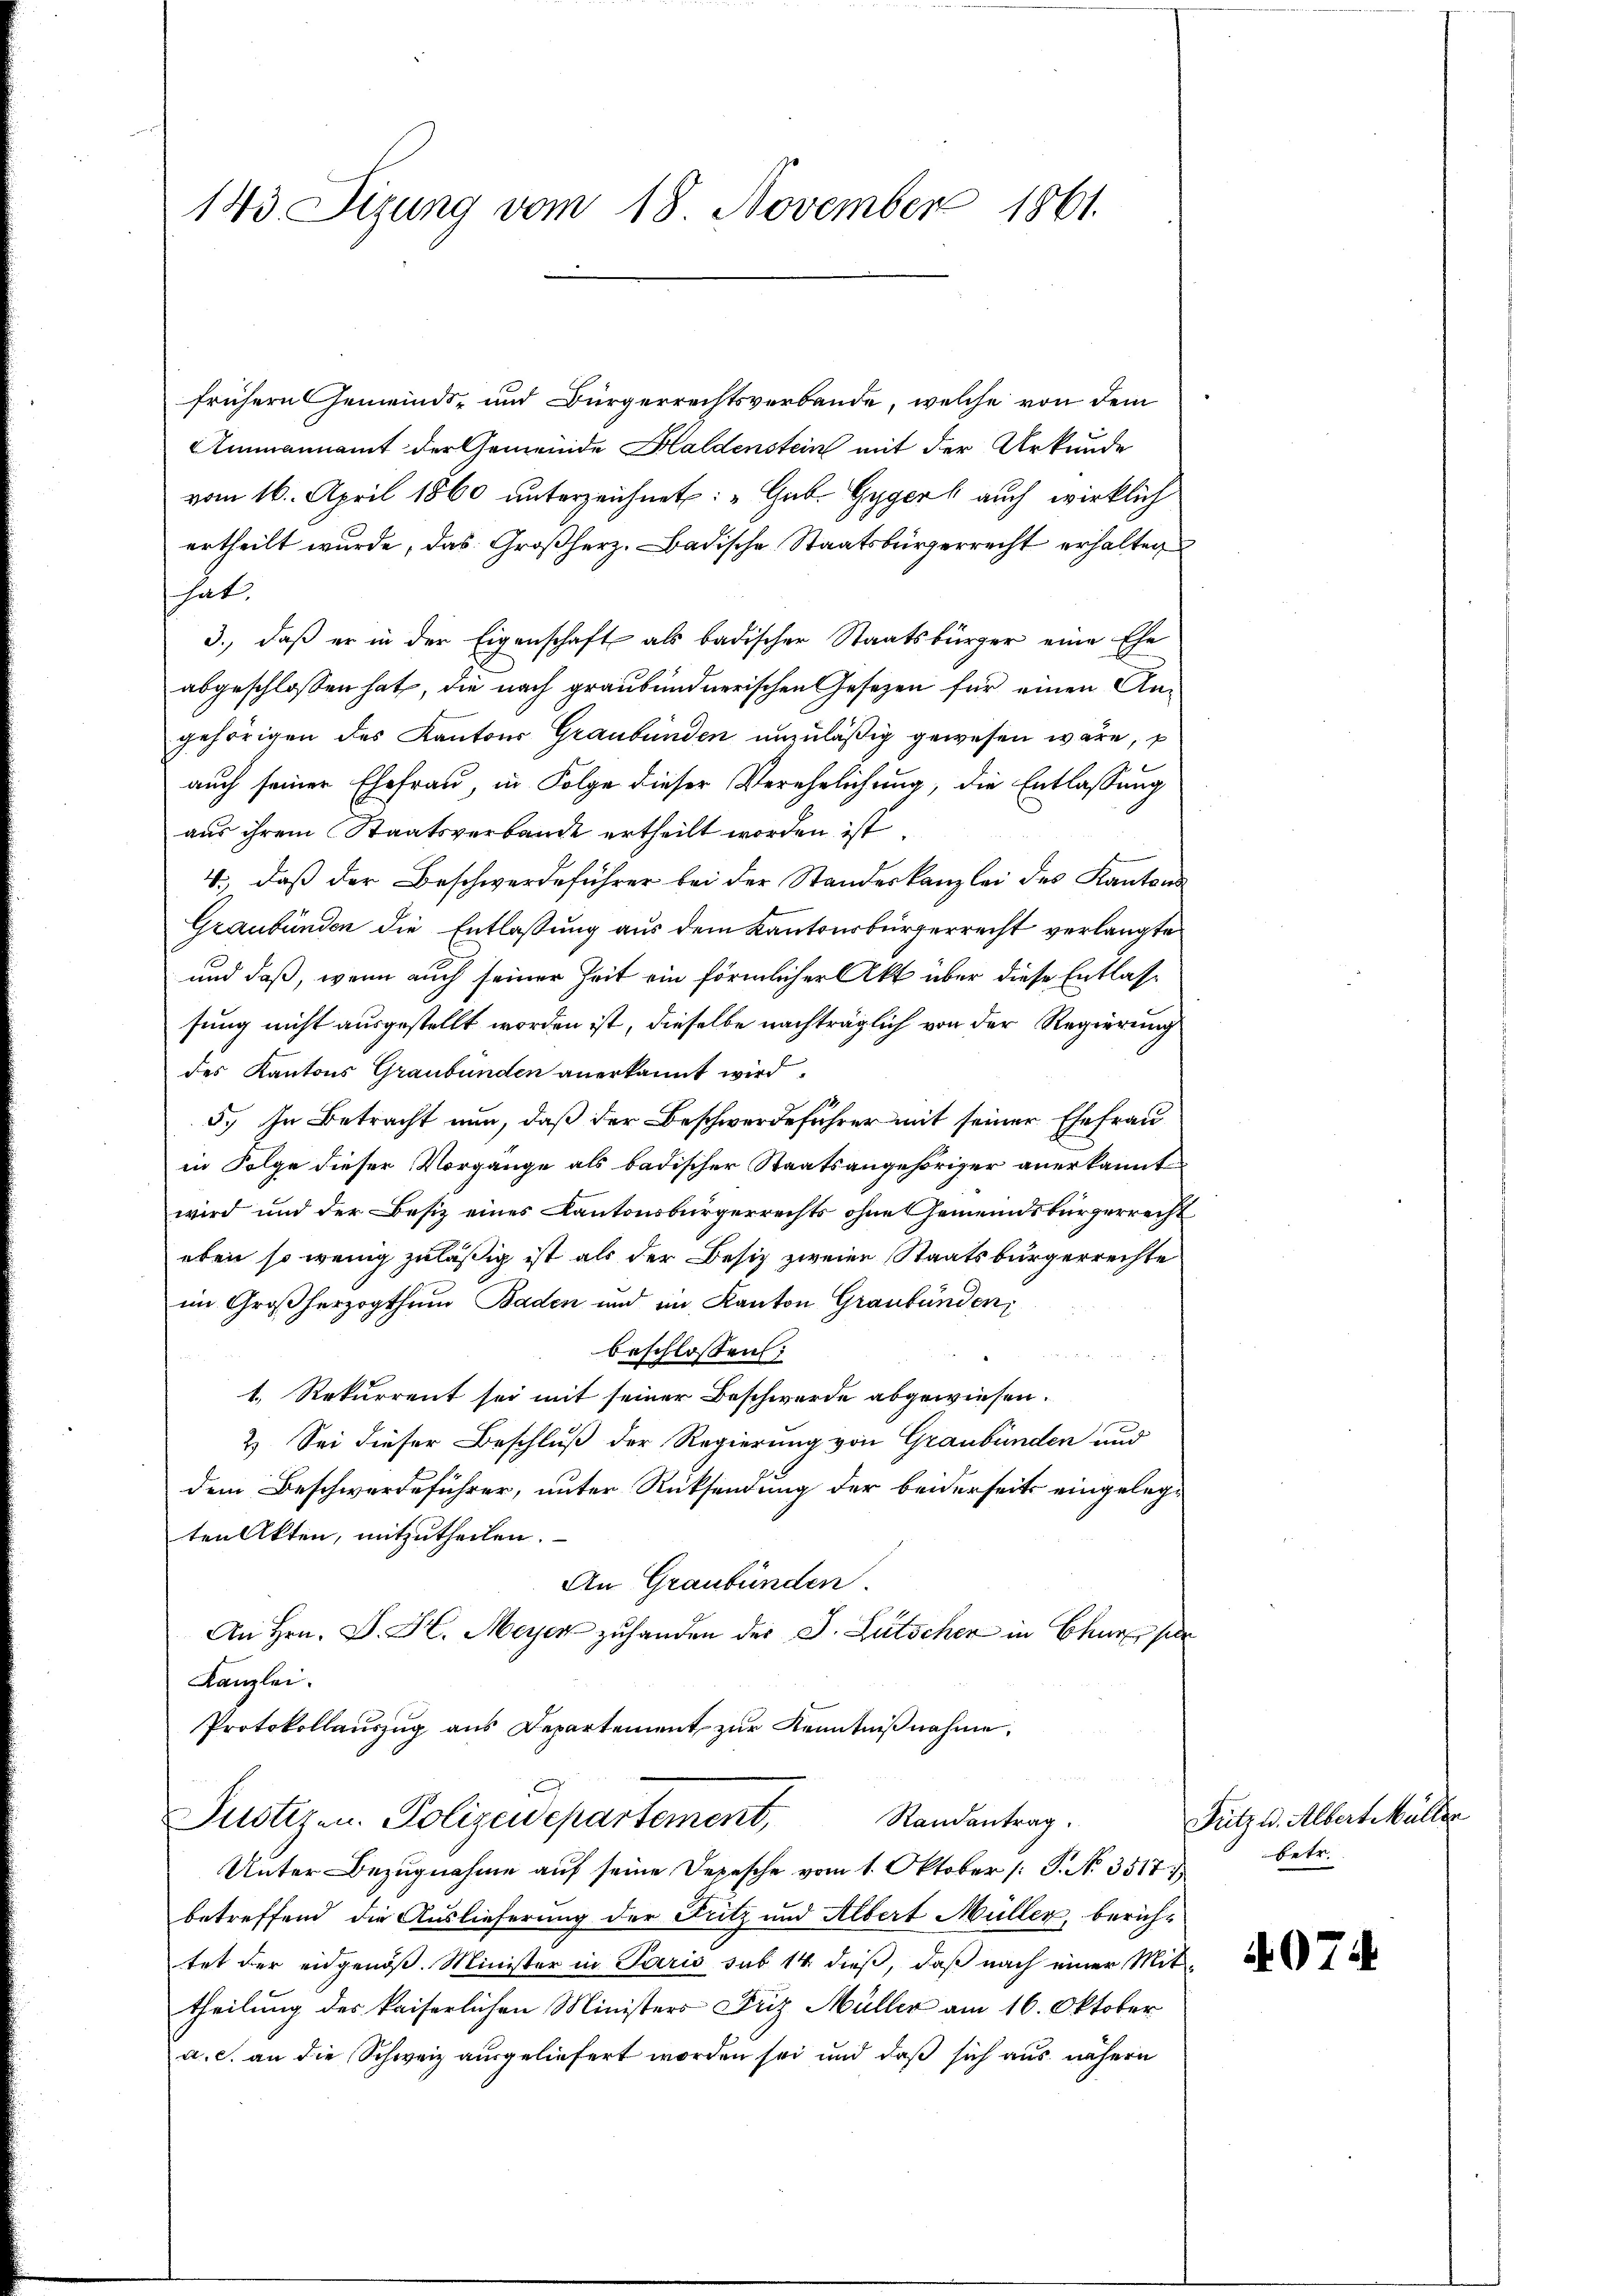
143 Sizung vom 18. November 1861.

frühern Gemeinds- und Bürgerrechtsverbande, welche von dem
Ammannamt der Gemeinde Haldenstein mit der Urkunde
vom 16. April 1860 unterzeichnet: „Gub. Gygerl auch wirklich
ertheilt wurde, das Großherz. Badische Staatsbürgerrecht erhalten
hat,
3., daß er in der Eigenschaft als badischer Staatsbürger eine Ehe
abgeschlossen hat, die nach graubündnerischen Gesetzen für einen Angehörigen des Kantons Graubünden unzuläßig gewesen wäre, p
auch seiner Ehefrau, in Folge dieser Verehelichung, die Entlassung
aus ihrem Staatsverbande ertheilt worden ist
4., daß der Beschwerdeführer bei der Standeskanzlei des Kantons
Graubünden die Entlaßung aus dem Kantonsbürgerrecht verlangte
und daß, wenn auch seiner Zeit ein förmlicher Akt über diese Entlassung nicht ausgestellt worden ist, dieselbe nachträglich von der Regierung
des Kantons Graubünden anerkannt wird.
5.) In Betracht nun, daß der Beschwerdeführer mit seiner Ehefrau
in Folge dieser Vorgange als badischer Staatsangehöriger anerkannt
wird und der Besiz eines Kantonsbürgerrechts ohne Gemeindsbürgerrecht
eben so wenig zuläßig ist als der Besiz zweier Staatsbürgerrechte
im Großherzogthum Baden und im Kanton Graubünden,
beschlossen:
1. Rekurrent sei mit seiner Beschwerde abgewiesen.
2) Sei dieser Beschluß der Regierung von Graubünden und
dem Beschwerdeführer, unter Rücksendung der beiderseits eingelegten Akten, mitzutheilen.
An Graubünden.
An Hrn. D. H. Meyer zu handen der J. Gutscher in Chur sein
Kanzlei.
Protokollauszug aus Departement zur Kenntnißnahme.
Justizen. Polizeidepartement, Randantrag.
Unter Bezugnahme auf seine Depesche vom 1. Oktober (: P. No. 3517.
betreffend die Auslieferung der Fritz und Albert Müller, berich-
tet der engenöß. Minister in Paris sub 14 dieß, daß nach einer Mittheilung der kaiserlichen Ministers Friz Müller am 16. Oktober
a. c. an die Schweiz ausgeliefert worden sei und daß sich aus nähern

Fütz u. Albert Müller
betr.

. 97